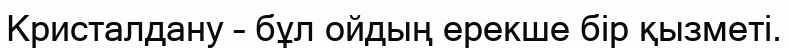
Кристалдану – бұл ойдың ерекше бір қызметі.